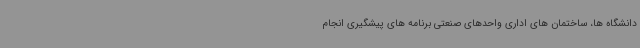
دانشگاه ها، ساختمان های اداری واحدهای صنعتی برنامه های پیشگیری انجام